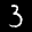
Label: 3